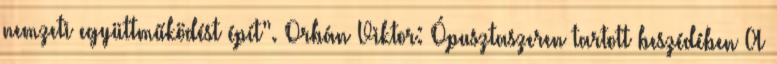
nemzeti együttműködést épít”. Orbán Viktor: Ópusztaszeren tartott beszédében A